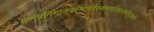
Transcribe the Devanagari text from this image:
गणपतिमातृकामार्गदेवतापराजिताशमीपूजनानि